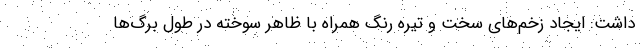
داشت: ایجاد زخم‌های سخت و تیره رنگ همراه با ظاهر سوخته در طول برگ‌ها